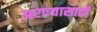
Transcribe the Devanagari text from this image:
अरण्यासाठी